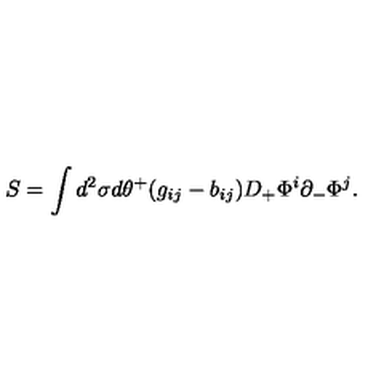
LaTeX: S = \int d ^ { 2 } \sigma d \theta ^ { + } ( g _ { i j } - b _ { i j } ) D _ { + } \Phi ^ { i } \partial _ { - } \Phi ^ { j } .